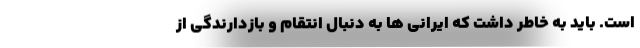
است. باید به خاطر داشت که ایرانی ها به دنبال انتقام و بازدارندگی از